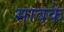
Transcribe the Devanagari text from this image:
सावके